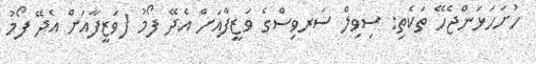
ހުށަހަޅަންޖެހޭ ތަކެތި: ސިވިލް ސަރވިސްގެ ވަޒީފާއަށް އެދޭ ފޯމު (ވަޒީފާއަށް އެދޭ ފޯމު